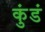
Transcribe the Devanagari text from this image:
कुंडं